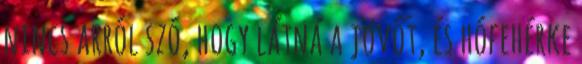
nincs arról szó, hogy látná a jövőt, és hófehérke